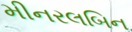
મીનરલબિન